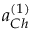
a _ { C h } ^ { ( 1 ) }